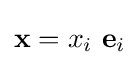
\mathbf {x} =x_{i}~\mathbf {e} _{i}